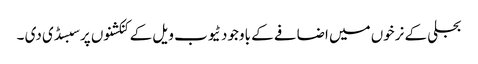
بجلی کے نرخوں میں اضافے کے باوجود ٹیوب ویل کے کنکشنوں پر سبسڈی دی ۔